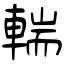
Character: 輲